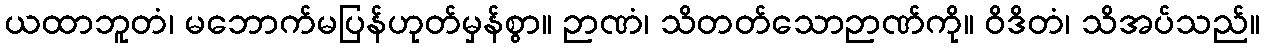
ယထာဘူတံ၊ မဘောက်မပြန်ဟုတ်မှန်စွာ။ ဉာဏံ၊ သိတတ်သောဉာဏ်ကို။ ဝိဒိတံ၊ သိအပ်သည်။